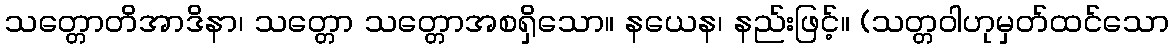
သတ္တောတိအာဒိနာ၊ သတ္တော သတ္တောအစရှိသော။ နယေန၊ နည်းဖြင့်။ (သတ္တဝါဟုမှတ်ထင်သော